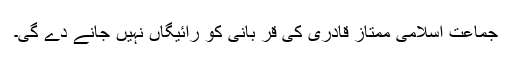
جماعت اسلامی ممتاز قادری کی قر بانی کو رائیگاں نہیں جانے دے گی۔